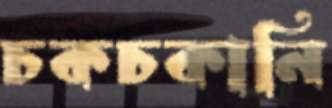
চকচকানি